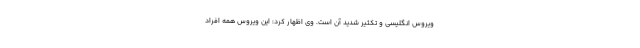
ویروس انگلیسی و تکثیر شدید آن است. وی اظهار کرد: این ویروس همه افراد